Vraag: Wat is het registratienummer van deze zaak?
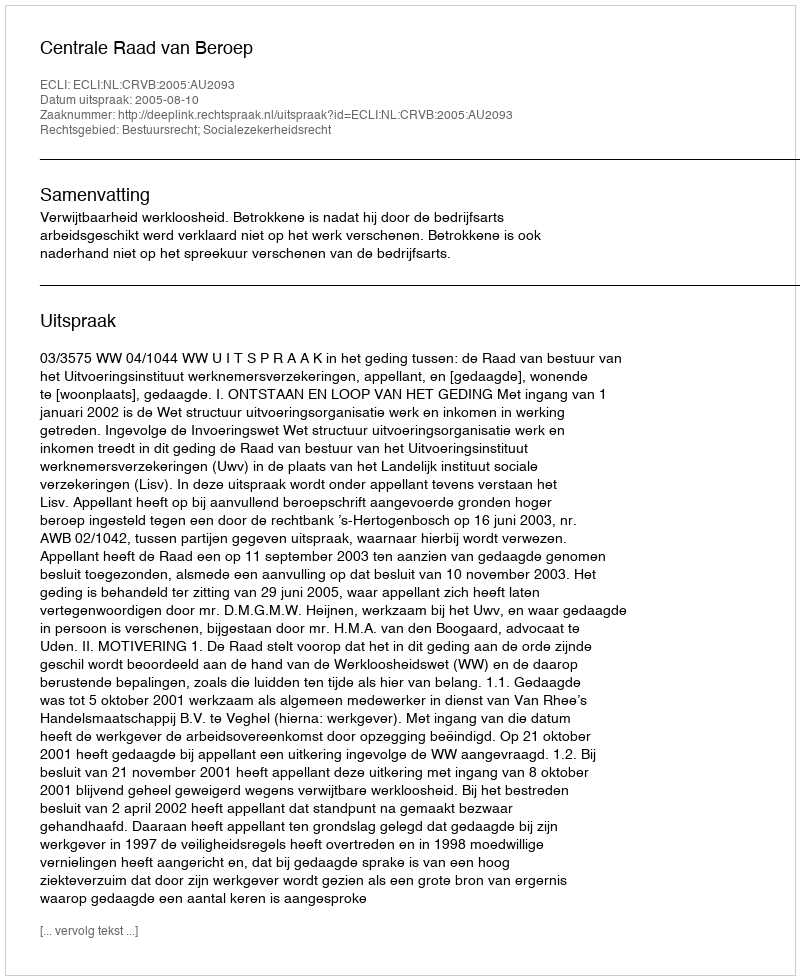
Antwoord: http://deeplink.rechtspraak.nl/uitspraak?id=ECLI:NL:CRVB:2005:AU2093